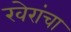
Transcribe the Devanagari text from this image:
खेरांचा